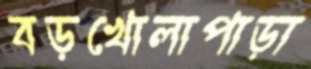
বড়খোলাপাড়া